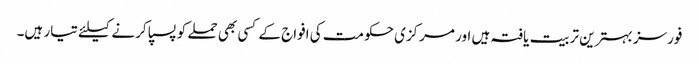
فورسز بہترین تربیت یافتہ ہیں اور مرکزی حکومت کی افواج کے کسی بھی حملے کو پسپا کرنے کیلئے تیار ہیں۔